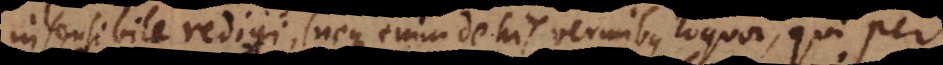
nsensibile redigi (neque enim de his vermibus loquor, qui per